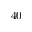
4 0